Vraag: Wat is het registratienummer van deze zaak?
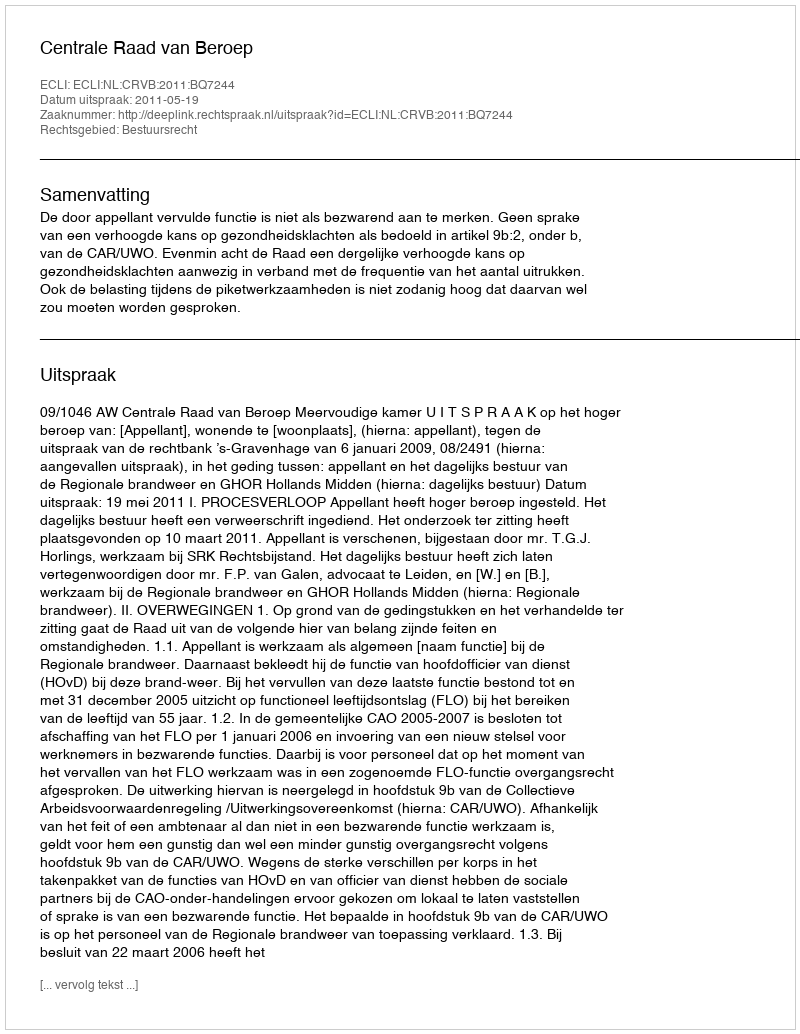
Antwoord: http://deeplink.rechtspraak.nl/uitspraak?id=ECLI:NL:CRVB:2011:BQ7244